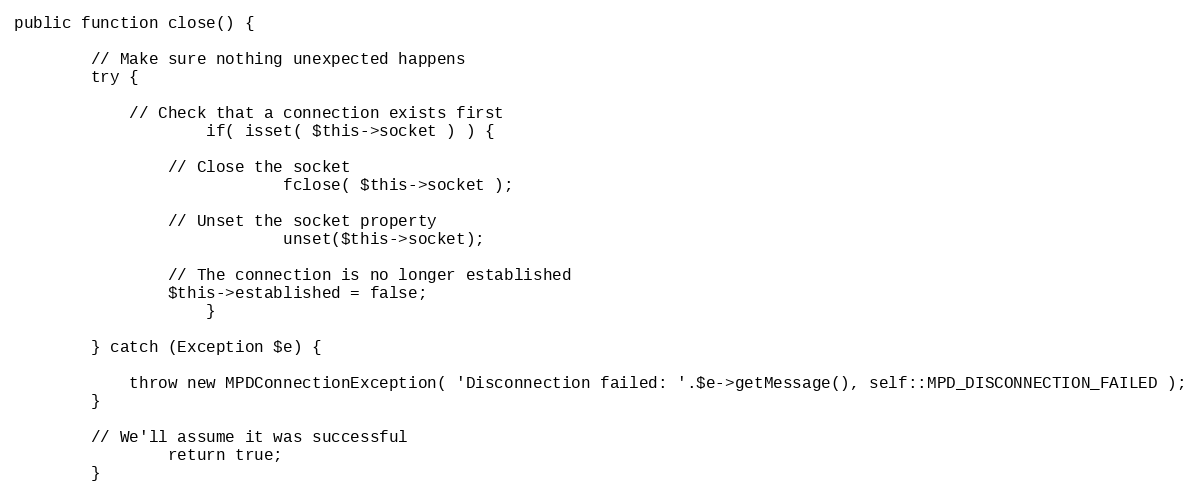
Language: PHP
public function close() {

		// Make sure nothing unexpected happens
		try {

			// Check that a connection exists first
                	if( isset( $this->socket ) ) {

				// Close the socket
                        	fclose( $this->socket );

				// Unset the socket property
                        	unset($this->socket);

				// The connection is no longer established
				$this->established = false;
                	}

		} catch (Exception $e) {

			throw new MPDConnectionException( 'Disconnection failed: '.$e->getMessage(), self::MPD_DISCONNECTION_FAILED );
		}

		// We'll assume it was successful
                return true;
        }